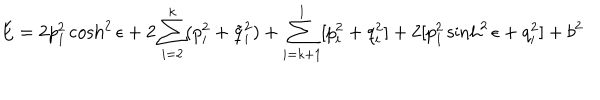
LaTeX: E = 2 p _ { 1 } ^ { 2 } \cosh ^ { 2 } \epsilon + 2 \sum _ { i = 2 } ^ { k } ( p _ { i } ^ { 2 } + \tilde { q } _ { i } ^ { 2 } ) + \sum _ { i = k + 1 } ^ { l } [ p _ { i } ^ { 2 } + q _ { i } ^ { 2 } ] + 2 [ p _ { 1 } ^ { 2 } \sinh ^ { 2 } \epsilon + q _ { i } ^ { 2 } ] + b ^ { 2 }